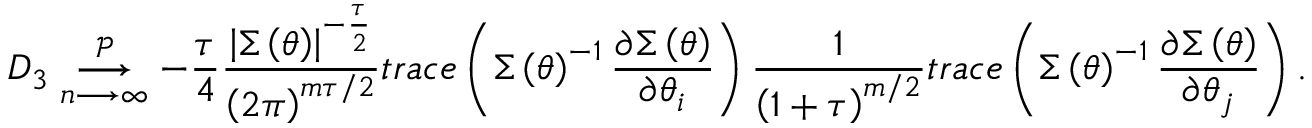
D _ { 3 } \underset { n \longrightarrow \infty } { \overset { \mathcal { P } } { \longrightarrow } } - \frac { \tau } { 4 } \frac { \left\vert \boldsymbol { \Sigma } \left( \boldsymbol { \theta } \right) \right\vert ^ { - \frac { \tau } { 2 } } } { \left( 2 \pi \right) ^ { m \tau / 2 } } t r a c e \left( \boldsymbol { \Sigma } \left( \boldsymbol { \theta } \right) ^ { - 1 } \frac { \partial \boldsymbol { \Sigma } \left( \boldsymbol { \theta } \right) } { \partial \theta _ { i } } \right) \frac { 1 } { \left( 1 + \tau \right) ^ { m / 2 } } t r a c e \left( \boldsymbol { \Sigma } \left( \boldsymbol { \theta } \right) ^ { - 1 } \frac { \partial \boldsymbol { \Sigma } \left( \boldsymbol { \theta } \right) } { \partial \theta _ { j } } \right) .